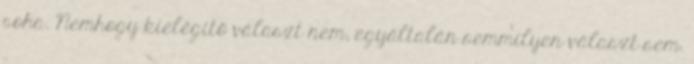
soha. Nemhogy kielégítő választ nem, egyáltalán semmilyen választ sem.